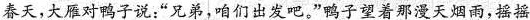
春天，大雁对鸭子说：”兄弟，咱们出发吧。”鸭子望着那漫天烟雨，摇摇